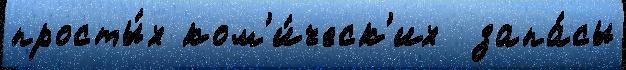
просты́х ком'и́ческ'их  запа́сы